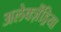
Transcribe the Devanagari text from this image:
अलेक्ज़ैंड्रिया